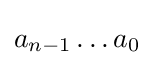
a_{n-1}\ldots a_{0}